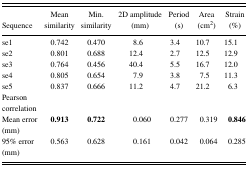
| Sequence | Mean similarity | Min. similarity | 2D amplitude (mm) | Period (s) | Area (cm2) | Strain (%) |
 | --- | --- | --- | --- | --- | --- | --- |
 | se1 | 0.742 | 0.470 | 8.6 | 3.4 | 10.7 | 15.1 |
 | se2 | 0.801 | 0.688 | 12.4 | 2.7 | 12.5 | 12.9 |
 | se3 | 0.764 | 0.456 | 40.4 | 5.5 | 16.7 | 12.0 |
 | se4 | 0.805 | 0.654 | 7.9 | 3.8 | 7.5 | 11.3 |
 | se5 | 0.837 | 0.666 | 11.2 | 4.7 | 21.2 | 6.3 |
 | Pearson correlation |  |  |  |  |  |  |
 | Mean error (mm) | 0.913 | 0.722 | 0.060 | 0.277 | 0.319 | 0.846 |
 | 95% error (mm) | 0.563 | 0.628 | 0.161 | 0.042 | 0.064 | 0.285 |